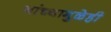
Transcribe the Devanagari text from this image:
यांच्यामुळेही